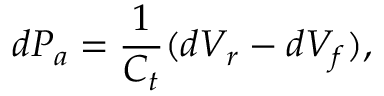
d P _ { a } = \frac { 1 } { C _ { t } } ( d V _ { r } - d V _ { f } ) ,